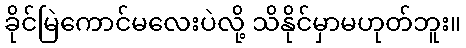
ခိုင်မြဲကောင်မလေးပဲလို့ သိနိုင်မှာမဟုတ်ဘူး။